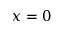
x = 0